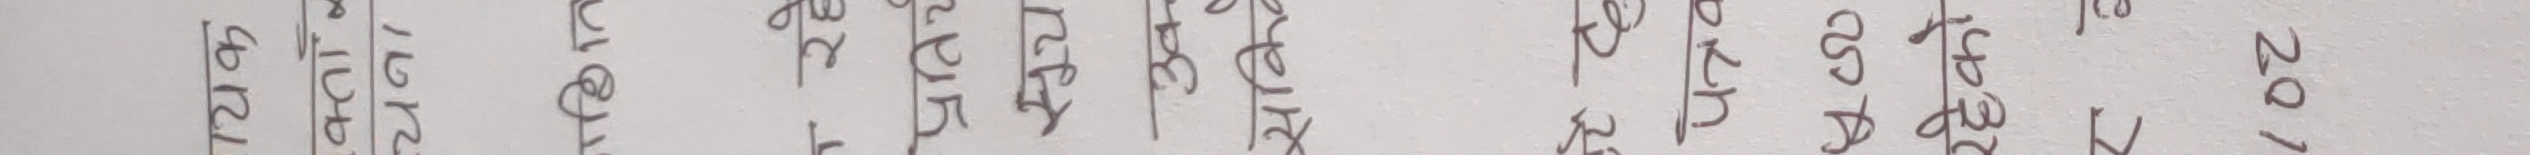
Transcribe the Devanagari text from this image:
२०७९ असाढ जेठ वैशाख चैत फागुन माघ पुस मंसिर कात्तिक असोज भदौ साउन